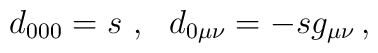
d_{000}=s\ ,\ \ d_{0\mu\nu}=-sg_{\mu\nu}\,,